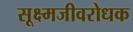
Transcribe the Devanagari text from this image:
सूक्ष्मजीवरोधक